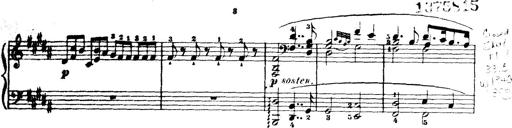
Title: Wagner-Liszt Album
Composer: Franz Liszt